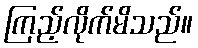
ကြည့်လိုက်မိသည်။